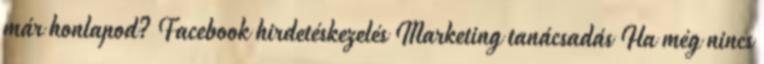
már honlapod? Facebook hirdetéskezelés Marketing tanácsadás Ha még nincs